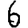
Digit: 6